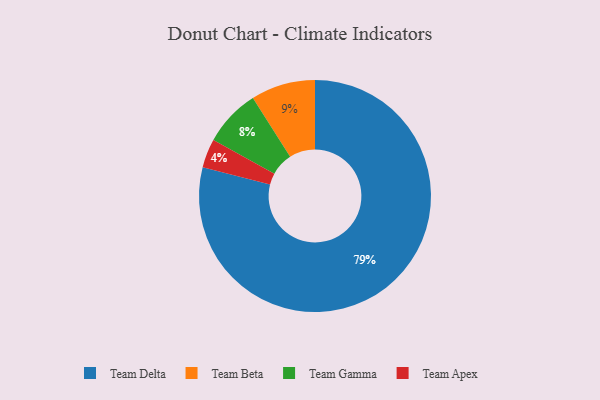
{"axis": {"x": "Category", "y": "Percentage"}, "legend": ["Team Apex", "Team Beta", "Team Delta", "Team Gamma"], "data": [{"x": "Team Apex", "y": 4, "type": "Team Apex"}, {"x": "Team Gamma", "y": 8, "type": "Team Gamma"}, {"x": "Team Delta", "y": 79, "type": "Team Delta"}, {"x": "Team Beta", "y": 9, "type": "Team Beta"}]}